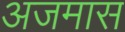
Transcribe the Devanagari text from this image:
अजमास